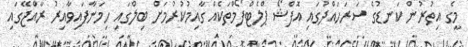
މީގެ އިތުރުން ކަނޑުގެ ސަރަހައްދުގައި އޮފްޝޯ ޕްލެޓްފޯމްތަކެއް ގާއިމުކުރުމަށް ބިލްގައި ހިމަނާފައިވާއިރު ރާއްޖޭގައި